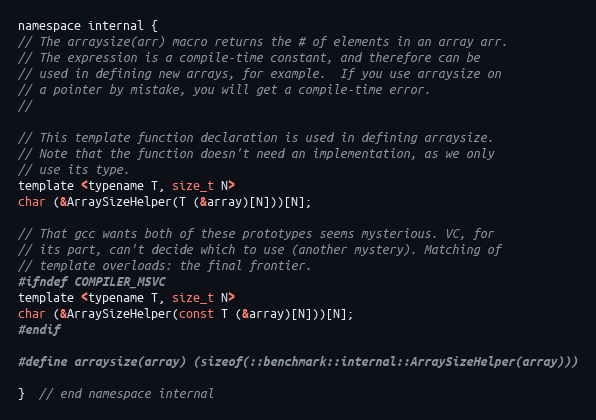
Language: C
namespace internal {
// The arraysize(arr) macro returns the # of elements in an array arr.
// The expression is a compile-time constant, and therefore can be
// used in defining new arrays, for example.  If you use arraysize on
// a pointer by mistake, you will get a compile-time error.
//

// This template function declaration is used in defining arraysize.
// Note that the function doesn't need an implementation, as we only
// use its type.
template <typename T, size_t N>
char (&ArraySizeHelper(T (&array)[N]))[N];

// That gcc wants both of these prototypes seems mysterious. VC, for
// its part, can't decide which to use (another mystery). Matching of
// template overloads: the final frontier.
#ifndef COMPILER_MSVC
template <typename T, size_t N>
char (&ArraySizeHelper(const T (&array)[N]))[N];
#endif

#define arraysize(array) (sizeof(::benchmark::internal::ArraySizeHelper(array)))

}  // end namespace internal